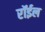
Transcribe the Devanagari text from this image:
रॉईल